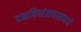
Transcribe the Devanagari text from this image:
दक्षविध्वंसनासमयी